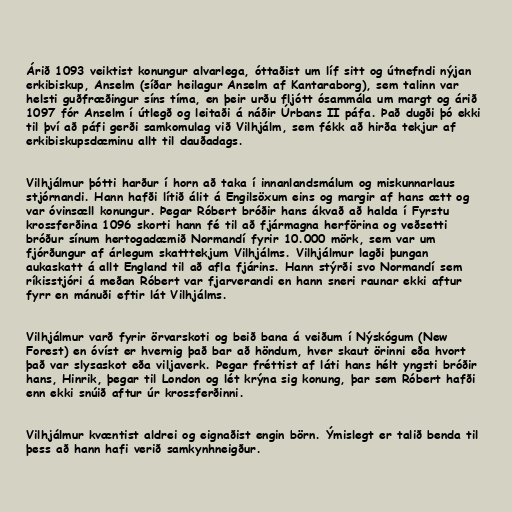
Árið 1093 veiktist konungur alvarlega, óttaðist um líf sitt og útnefndi nýjan
erkibiskup, Anselm (síðar heilagur Anselm af Kantaraborg), sem talinn var
helsti guðfræðingur síns tíma, en þeir urðu fljótt ósammála um margt og árið
1097 fór Anselm í útlegð og leitaði á náðir Úrbans II páfa. Það dugði þó ekki
til því að páfi gerði samkomulag við Vilhjálm, sem fékk að hirða tekjur af
erkibiskupsdæminu allt til dauðadags.

Vilhjálmur þótti harður í horn að taka í innanlandsmálum og miskunnarlaus
stjórnandi. Hann hafði lítið álit á Engilsöxum eins og margir af hans ætt og
var óvinsæll konungur. Þegar Róbert bróðir hans ákvað að halda í Fyrstu
krossferðina 1096 skorti hann fé til að fjármagna herförina og veðsetti
bróður sínum hertogadæmið Normandí fyrir 10.000 mörk, sem var um
fjórðungur af árlegum skatttekjum Vilhjálms. Vilhjálmur lagði þungan
aukaskatt á allt England til að afla fjárins. Hann stýrði svo Normandí sem
ríkisstjóri á meðan Róbert var fjarverandi en hann sneri raunar ekki aftur
fyrr en mánuði eftir lát Vilhjálms.

Vilhjálmur varð fyrir örvarskoti og beið bana á veiðum í Nýskógum (New
Forest) en óvíst er hvernig það bar að höndum, hver skaut örinni eða hvort
það var slysaskot eða viljaverk. Þegar fréttist af láti hans hélt yngsti bróðir
hans, Hinrik, þegar til London og lét krýna sig konung, þar sem Róbert hafði
enn ekki snúið aftur úr krossferðinni.

Vilhjálmur kvæntist aldrei og eignaðist engin börn. Ýmislegt er talið benda til
þess að hann hafi verið samkynhneigður.